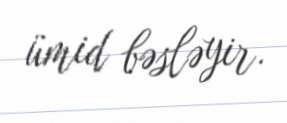
ümid bəsləyir.